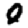
Digit: 0